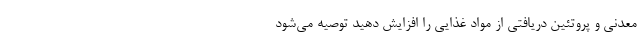
معدنی و پروتئین دریافتی از مواد غذایی را افزایش دهید توصیه می‌شود